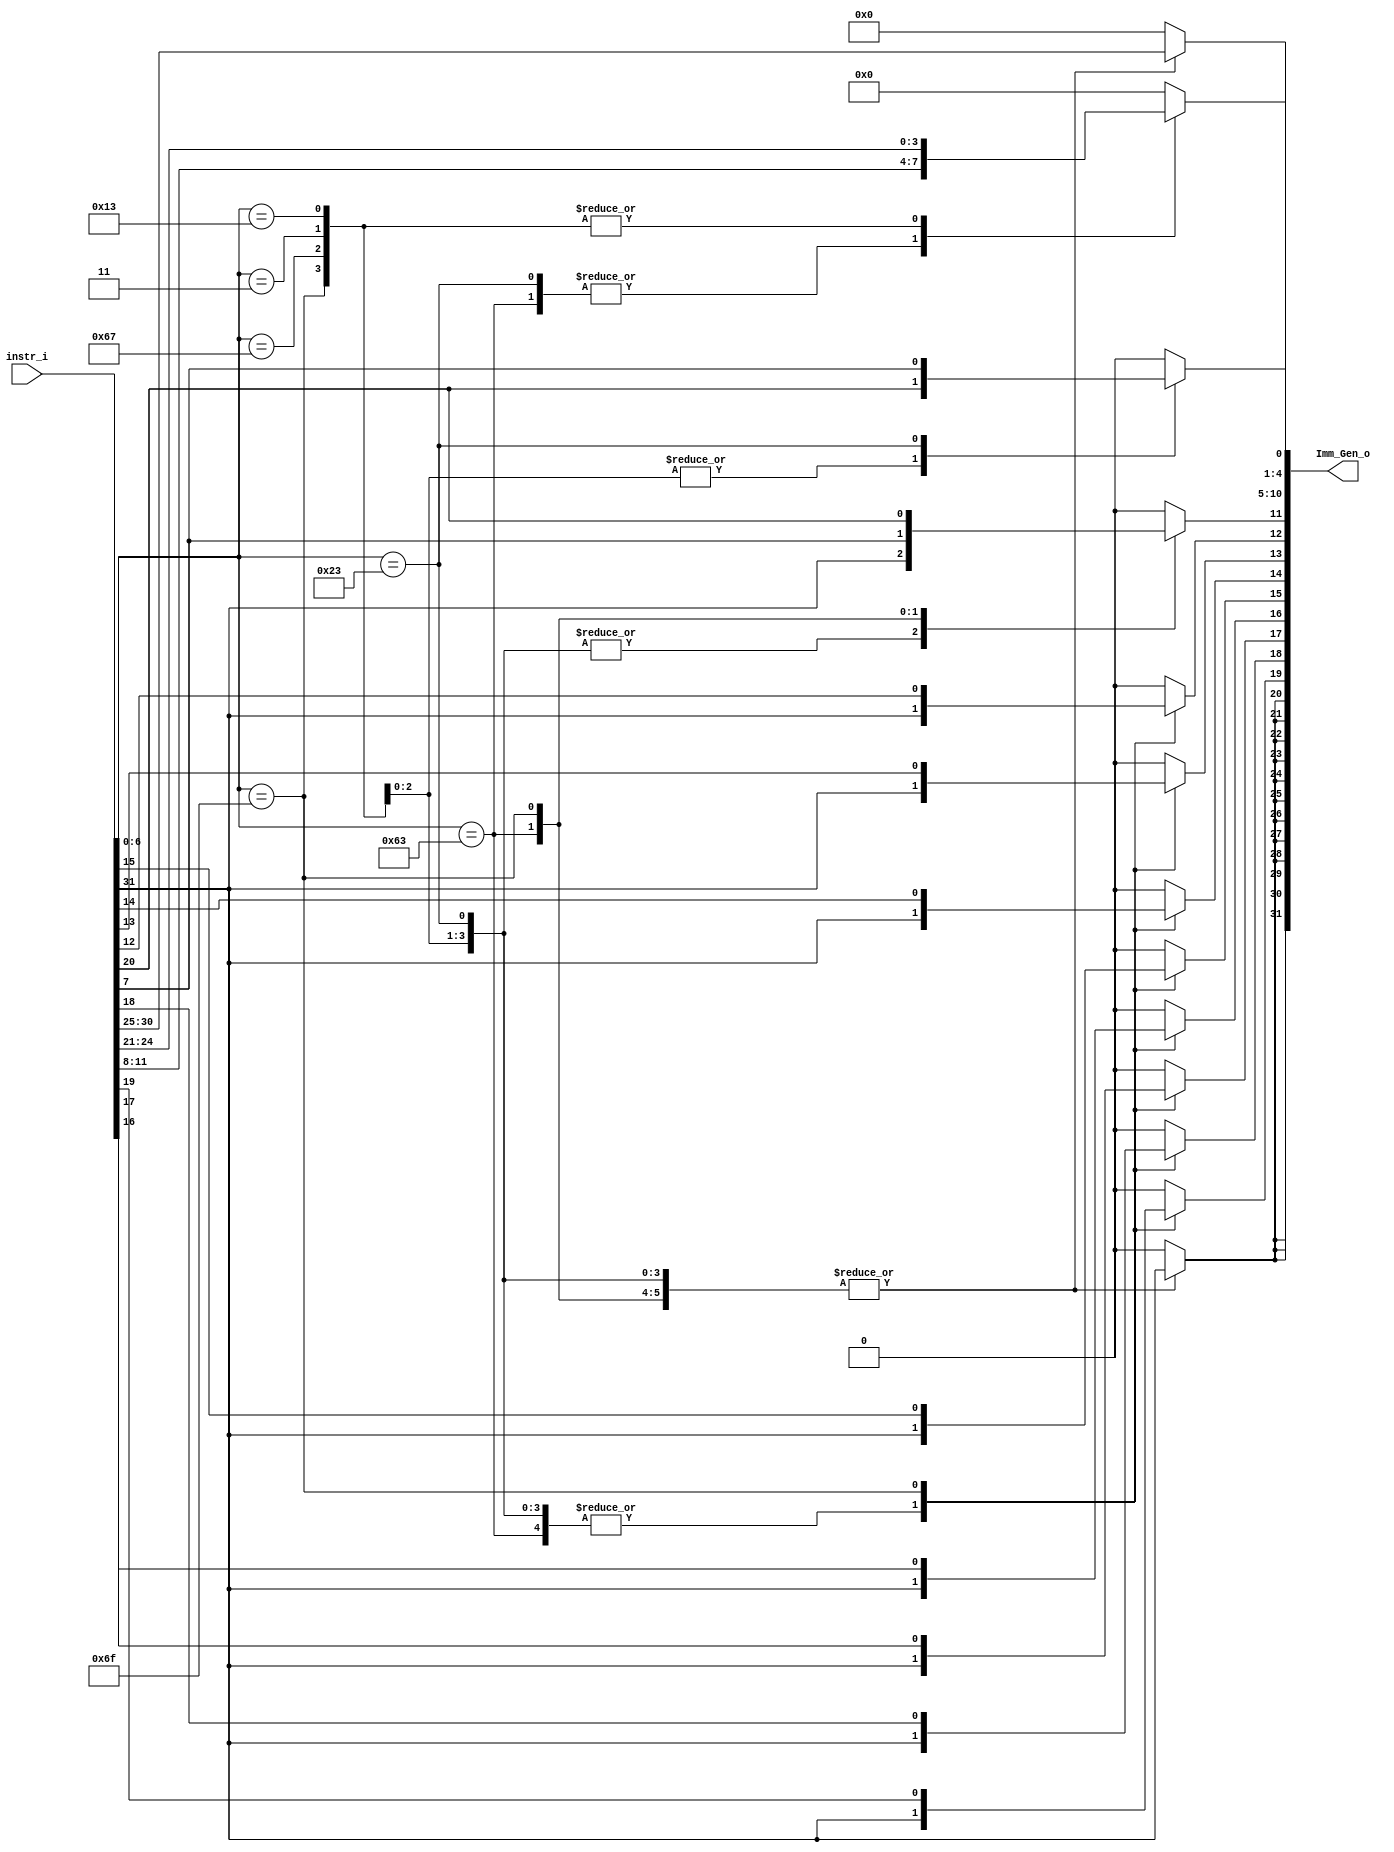

`timescale 1ns/1ps

module Imm_Gen(
    input  [31:0] instr_i,
    output reg[31:0] Imm_Gen_o
);

//Internal Signals
wire    [7-1:0] opcode;
wire    [2:0]   func3;
wire    [3-1:0] Instr_field;

assign opcode = instr_i[6:0];
assign func3  = instr_i[14:12];
integer i;

always @(*) begin
    case (opcode)
        7'b0110011: begin // R-type
            Imm_Gen_o = 32'b0;
        end
        7'b0010011, 7'b0000011, 7'b1100111: begin // I-type, Load, JALR
            Imm_Gen_o[10:0] = instr_i[30:20];
            for (i = 11; i <= 31; i = i + 1) Imm_Gen_o[i] = instr_i[31];
        end
        7'b0100011: begin // Store
            Imm_Gen_o[4:0] = instr_i[11:7];
            Imm_Gen_o[10:5] = instr_i[30:25];
            for (i = 11; i <= 31; i = i + 1) Imm_Gen_o[i] = instr_i[31];
        end
        7'b1100011: begin // Branch
            Imm_Gen_o[0] = 1'b0;
            Imm_Gen_o[4:1] = instr_i[11:8];
            Imm_Gen_o[10:5] = instr_i[30:25];
            Imm_Gen_o[11] = instr_i[7];
            for (i = 12; i <= 31; i = i + 1) Imm_Gen_o[i] = instr_i[31];
        end
        7'b1101111: begin // JAL
            Imm_Gen_o[0] = 1'b0;
            Imm_Gen_o[4:1] = instr_i[24:21];
            Imm_Gen_o[10:5] = instr_i[30:25];
            Imm_Gen_o[11] = instr_i[20];
            Imm_Gen_o[19:12] = instr_i[19:12];
            for (i = 20; i <= 31; i = i + 1) Imm_Gen_o[i] = instr_i[31];
        end
        default: begin
            Imm_Gen_o = 32'b0;
        end
    endcase
end

endmodule